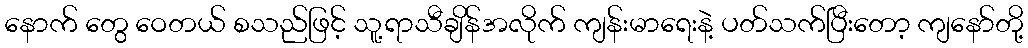
နောက် တွေ ဝေတယ် စသည်ဖြင့် သူ့ရာသီချိန်အလိုက် ကျန်းမာရေးနဲ့ ပတ်သက်ပြီးတော့ ကျနော်တို့